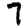
Digit: 7